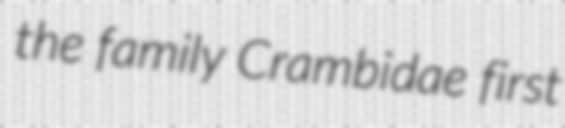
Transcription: the family Crambidae first